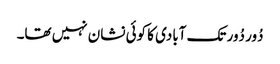
دُور دُور تک آبادی کا کوئی نشان نہیں تھا۔